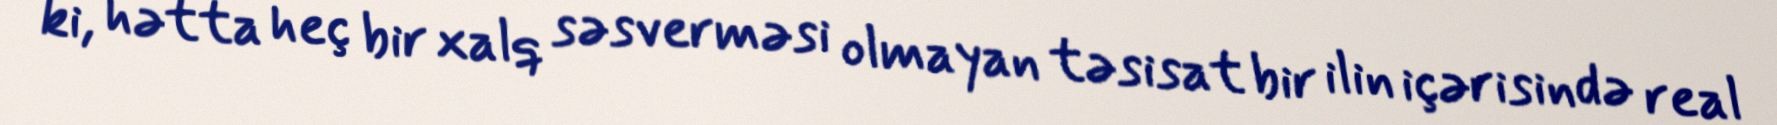
ki, hətta heç bir xalq səsverməsi olmayan təsisat bir ilin içərisində real